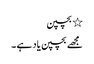
٭ بچپن
مجھے بچپن یاد ہے ۔